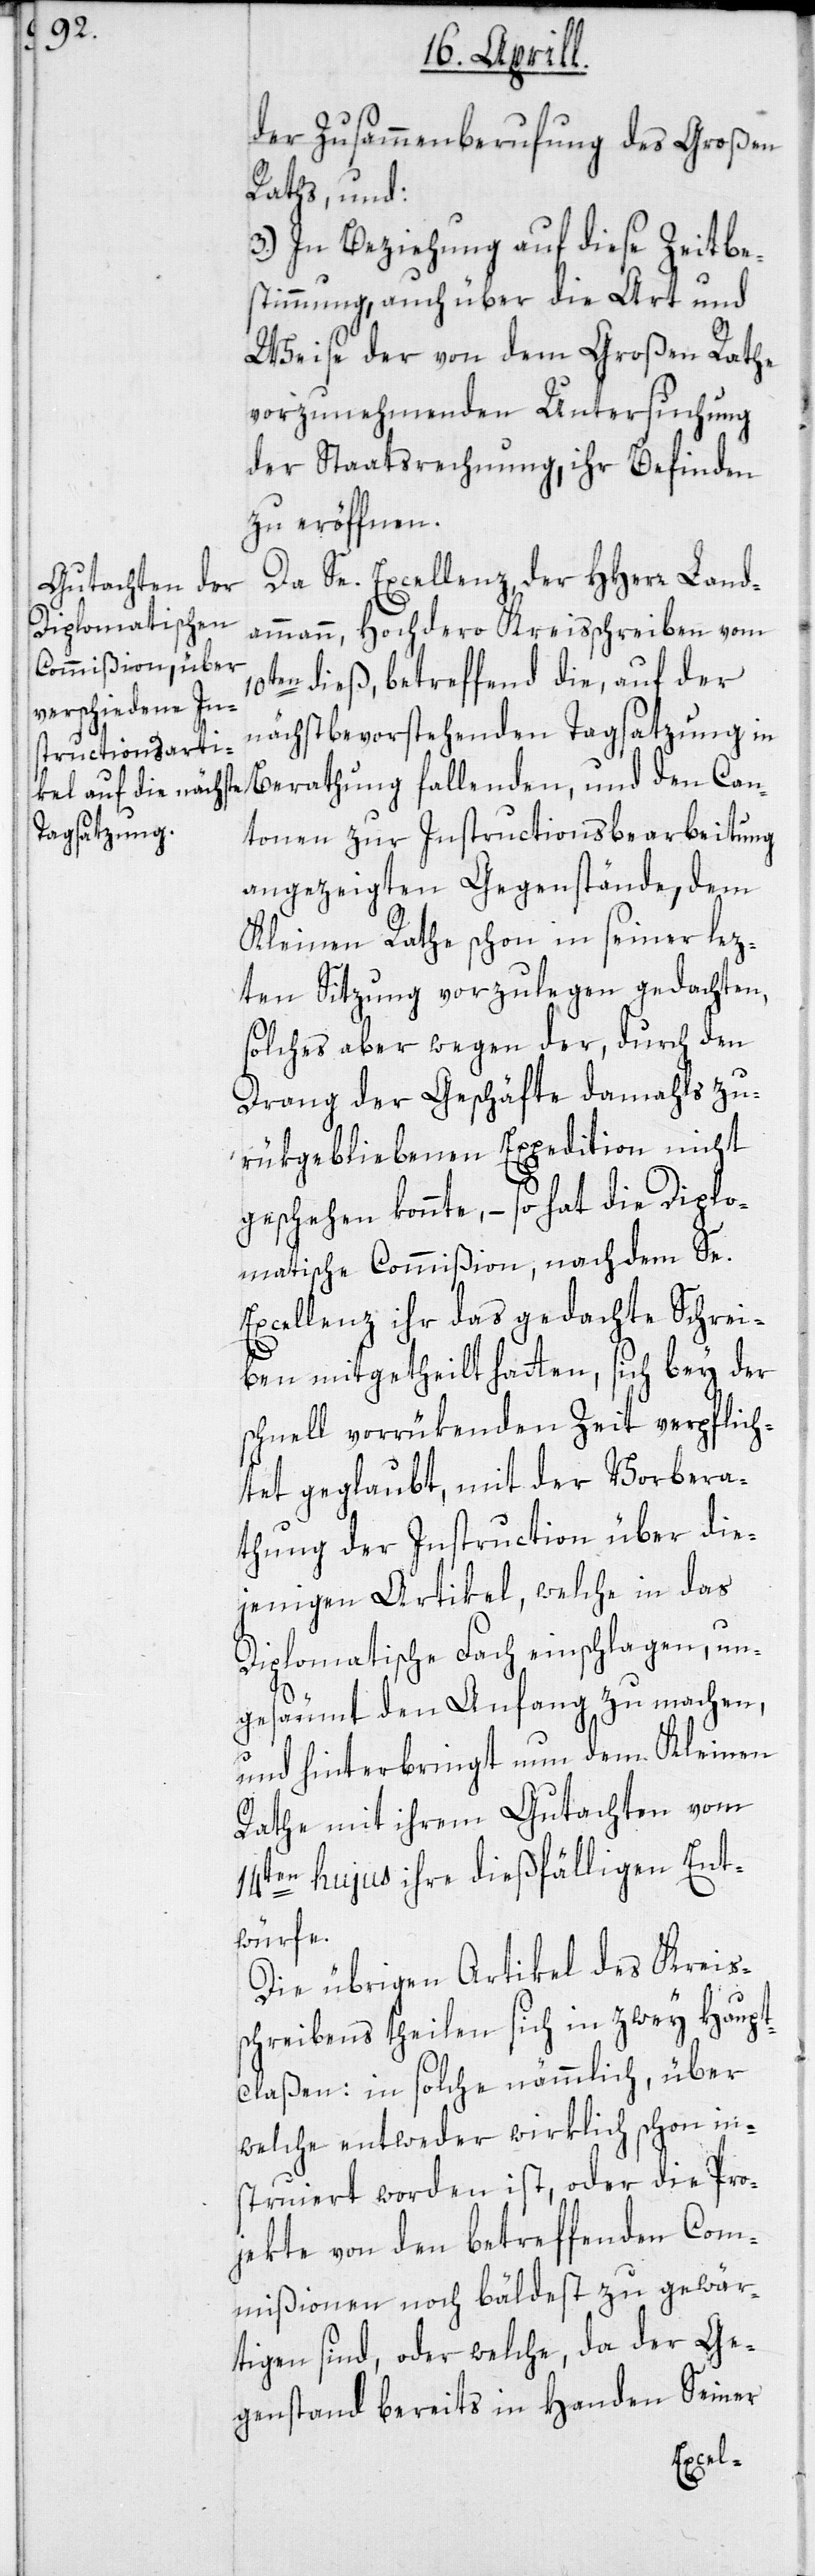
der Zusammenberufung des Großen
Raths, und:
3.) In Beziehung auf diese Zeitbe¬
stimmung, auch über die Art und
Weise der von dem Großen Rathe
vorzunehmenden Untersuchung
der Staatsrechnung, ihr Befinden
zu eröffnen.
Da Se. Excellenz der HHerr Land¬
ammann, Hochdero Kreisschreiben vom
en dieß, betreffend die, auf der
nächstbevorstehenden Tagsatzung in
Berathung fallenden, und den Can¬
tonen zur Instructionsbearbeitung
angezeigten Gegenstände, dem
Kleinen Rathe schon in seiner lez¬
ten Sitzung vorzulegen gedachten,
solches aber wegen der, durch den
Drang der Geschäfte damahls zu¬
rükgebliebenen Expedition nicht
geschehen konnte, – so hat die Diplo¬
matische Commißion, nachdem Se.
Excellenz ihr das gedachte Schrei¬
ben mitgetheilt hatten, sich bey der
schnell vorrükenden Zeit verpflich¬
tet geglaubt, mit der Vorbera¬
thung der Instruction über die¬
jenigen Artikel, welche in das
Diplomatische Fach einschlagen, un¬
gesäumt den Anfang zu machen,
und hinterbringt nun dem Kleinen
Rathe mit ihrem Gutachten vom
14ten hujus ihre dießfälligen Ent¬
würfe.
Die übrigen Artikel des Kreis¬
10t¬
schreibens theilen sich in zwey Haupt¬
claßen: in solche nämmlich, über
welche entweder wirklich schon in¬
struiert worden ist, oder die Pro¬
jekte von den betreffenden Com¬
mißionen noch bäldest zu gewär¬
tigen sind, oder welche, da der Ge¬
genstand bereits in Handen Seiner